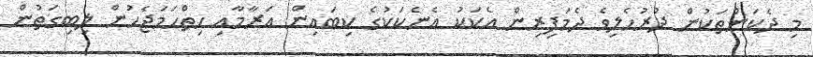
މި ދެކަންތަކުން ދުރުހެލިވެ ދެމަފިރިން އެކަކު އެނެކަކުގެ ކިބައިން އަރާމާއި ހިތްހަމަޖެހުން ލިބިގަތުން